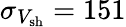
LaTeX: \sigma_{V_{\mathrm{sh}}}=151